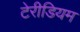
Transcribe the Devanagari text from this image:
टेरीडियम